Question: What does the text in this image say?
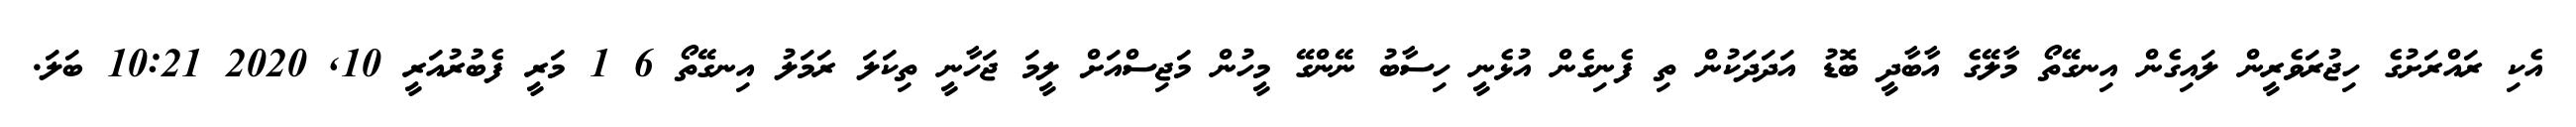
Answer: އެކި ރައްރަށުގެ ހިޖުރަވެރީން ލައިގެން އިނގޭތޯ މާލޭގެ އާބާދީ ބޮޑު އަދަދަކުން ތި ފެނިގެން އުޅެނީ ހިސާބު ނޭންގޭ މީހުން މަޖިސްއަށް ލީމަ ޖަހާނީ ތިކަލަ ރަމަލު އިނގޭތޯ 6 1 މަރީ ފެބުރުއަރީ 10, 2020 10:21 ބަލަ.